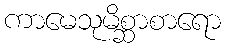
ကာမေသုမိစ္ဆာစာရော